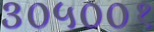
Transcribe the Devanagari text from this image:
३०५००१